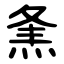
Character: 㶻